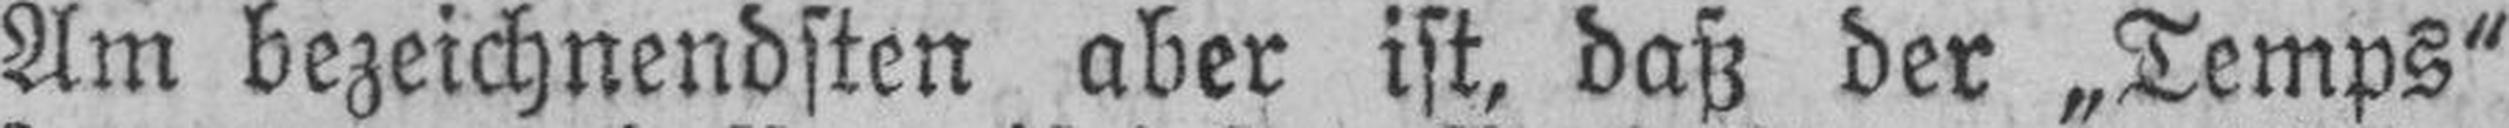
Am bezeichnendsten aber ist, daß der „Temps“